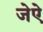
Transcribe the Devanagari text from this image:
जेऐ